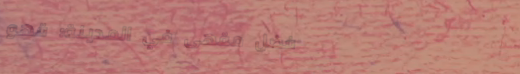
أفضل مقهى في المدينة: قهو